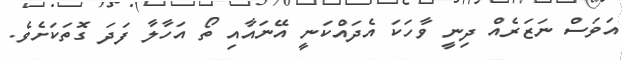
އަވަސް ނަޒަރެއް ދިނީ ވާހަކަ އެދައްކަނީ އޭނައާއި ތޯ އަހާލާ ފަދަ ގޮތަކަށެވެ.